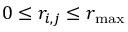
0 \leq r _ { i , j } \leq r _ { \operatorname* { m a x } }